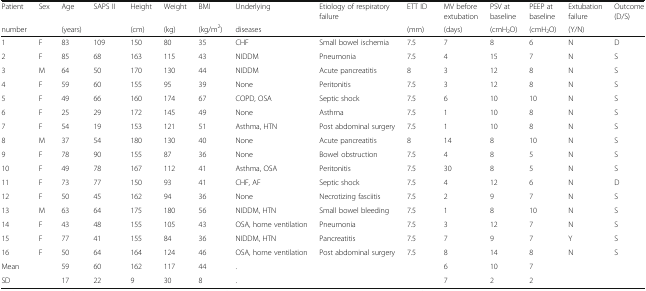
<table><thead><tr><td><b>Patient</b></td><td><b>Sex</b></td><td><b>Age</b></td><td><b>SAPS II</b></td><td><b>Height</b></td><td><b>Weight</b></td><td><b>BMI</b></td><td><b>Underlying</b></td><td rowspan="2"><b>Etiology of respiratory failure</b></td><td><b>ETT ID</b></td><td><b>MV before extubation</b></td><td><b>PSV at baseline</b></td><td><b>PEEP at baseline</b></td><td><b>Extubation failure</b></td><td rowspan="2"><b>Outcome (D/S)</b></td></tr><tr><td><b>number</b></td><td></td><td><b>(years)</b></td><td></td><td><b>(cm)</b></td><td><b>(kg)</b></td><td><b>(kg/m<sup>2</sup>)</b></td><td><b>diseases</b></td><td><b>(mm)</b></td><td><b>(days)</b></td><td><b>(cmH<sub>2</sub>O)</b></td><td><b>(cmH<sub>2</sub>O)</b></td><td><b>(Y/N)</b></td></tr></thead><tbody><tr><td>1</td><td>F</td><td>83</td><td>109</td><td>150</td><td>80</td><td>35</td><td>CHF</td><td>Small bowel ischemia</td><td>7.5</td><td>7</td><td>8</td><td>6</td><td>N</td><td>D</td></tr><tr><td>2</td><td>F</td><td>85</td><td>68</td><td>163</td><td>115</td><td>43</td><td>NIDDM</td><td>Pneumonia</td><td>7.5</td><td>4</td><td>15</td><td>7</td><td>N</td><td>S</td></tr><tr><td>3</td><td>M</td><td>64</td><td>50</td><td>170</td><td>130</td><td>44</td><td>NIDDM</td><td>Acute pancreatitis</td><td>8</td><td>3</td><td>12</td><td>8</td><td>N</td><td>S</td></tr><tr><td>4</td><td>F</td><td>59</td><td>60</td><td>155</td><td>95</td><td>39</td><td>None</td><td>Peritonitis</td><td>7.5</td><td>3</td><td>12</td><td>8</td><td>N</td><td>S</td></tr><tr><td>5</td><td>F</td><td>49</td><td>66</td><td>160</td><td>174</td><td>67</td><td>COPD, OSA</td><td>Septic shock</td><td>7.5</td><td>6</td><td>10</td><td>10</td><td>N</td><td>S</td></tr><tr><td>6</td><td>F</td><td>25</td><td>29</td><td>172</td><td>145</td><td>49</td><td>None</td><td>Asthma</td><td>7.5</td><td>1</td><td>10</td><td>8</td><td>N</td><td>S</td></tr><tr><td>7</td><td>F</td><td>54</td><td>19</td><td>153</td><td>121</td><td>51</td><td>Asthma, HTN</td><td>Post abdominal surgery</td><td>7.5</td><td>1</td><td>10</td><td>8</td><td>N</td><td>S</td></tr><tr><td>8</td><td>M</td><td>37</td><td>54</td><td>180</td><td>130</td><td>40</td><td>None</td><td>Acute pancreatitis</td><td>8</td><td>14</td><td>8</td><td>10</td><td>N</td><td>S</td></tr><tr><td>9</td><td>F</td><td>78</td><td>90</td><td>155</td><td>87</td><td>36</td><td>None</td><td>Bowel obstruction</td><td>7.5</td><td>4</td><td>8</td><td>5</td><td>N</td><td>S</td></tr><tr><td>10</td><td>F</td><td>49</td><td>78</td><td>167</td><td>112</td><td>41</td><td>Asthma, OSA</td><td>Peritonitis</td><td>7.5</td><td>30</td><td>8</td><td>5</td><td>N</td><td>S</td></tr><tr><td>11</td><td>F</td><td>73</td><td>77</td><td>150</td><td>93</td><td>41</td><td>CHF, AF</td><td>Septic shock</td><td>7.5</td><td>4</td><td>12</td><td>6</td><td>N</td><td>D</td></tr><tr><td>12</td><td>F</td><td>50</td><td>45</td><td>162</td><td>94</td><td>36</td><td>None</td><td>Necrotizing fasciitis</td><td>7.5</td><td>2</td><td>9</td><td>7</td><td>N</td><td>S</td></tr><tr><td>13</td><td>M</td><td>63</td><td>64</td><td>175</td><td>180</td><td>56</td><td>NIDDM, HTN</td><td>Small bowel bleeding</td><td>7.5</td><td>1</td><td>8</td><td>10</td><td>N</td><td>S</td></tr><tr><td>14</td><td>F</td><td>43</td><td>48</td><td>155</td><td>105</td><td>43</td><td>OSA, home ventilation</td><td>Pneumonia</td><td>7.5</td><td>3</td><td>12</td><td>7</td><td>N</td><td>S</td></tr><tr><td>15</td><td>F</td><td>77</td><td>41</td><td>155</td><td>84</td><td>36</td><td>NIDDM, HTN</td><td>Pancreatitis</td><td>7.5</td><td>7</td><td>9</td><td>7</td><td>Y</td><td>S</td></tr><tr><td>16</td><td>F</td><td>50</td><td>64</td><td>164</td><td>124</td><td>46</td><td>OSA, home ventilation</td><td>Post abdominal surgery</td><td>7.5</td><td>8</td><td>14</td><td>8</td><td>N</td><td>S</td></tr><tr><td>Mean</td><td></td><td>59</td><td>60</td><td>162</td><td>117</td><td>44</td><td>.</td><td></td><td></td><td>6</td><td>10</td><td>7</td><td></td><td></td></tr><tr><td>SD</td><td></td><td>17</td><td>22</td><td>9</td><td>30</td><td>8</td><td>.</td><td></td><td></td><td>7</td><td>2</td><td>2</td><td></td><td></td></tr></tbody></table>